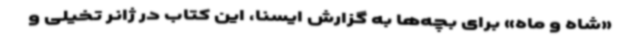
«شاه و ماه» برای بچه‌ها به گزارش ایسنا، این کتاب در ژانر تخیلی و